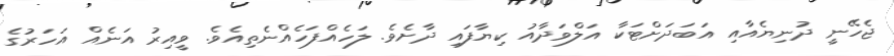
ޖެހޭނީ ދުނިޔެއާއި އަބަދަށްޓަކާ އަލްވަދާއު ކިޔާފައި ދާށެވެ. ލަހެއްފަހެއްނެތިއެވެ. ވީއިރު އަނެއް އަހަރުގެ